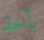
بأخذ